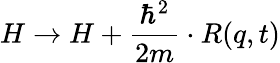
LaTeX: H\rightarrow H+\frac{\hbar^{2}}{2m}\cdot R(q,t)